Civil Veterinary Dept. Assam report 1927-50 - 1927-1950
Year: 1927
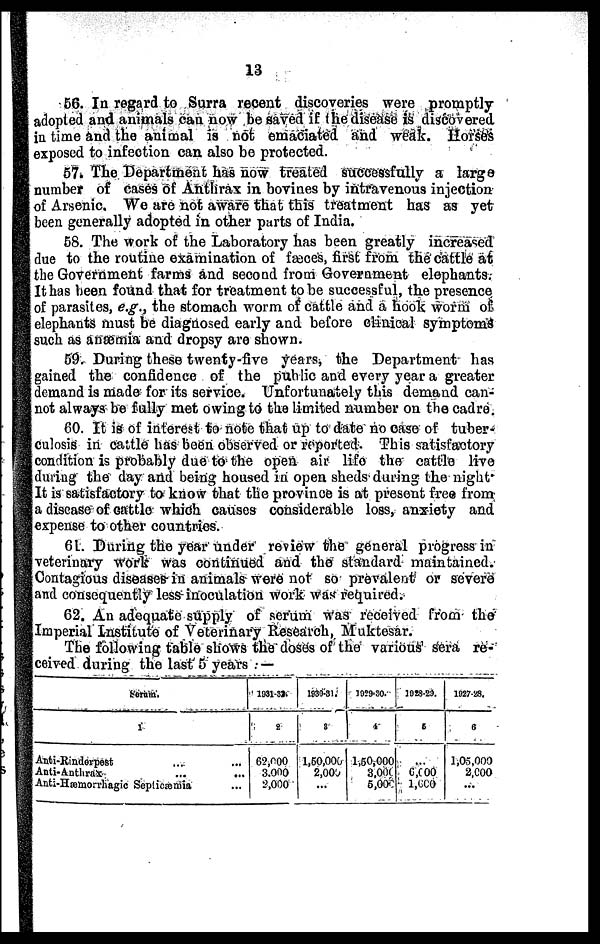
13
56. In regard to Surra recent discoveries were promptly
adopted and animals can now be saved if the disease is discovered
in time and the animal is not emaciated and weak. Horses
exposed to infection can also be protected.
57. The Department has now treated successfully a large
number of cases of Anthrax in bovines by intravenous injection
of Arsenic. We are not aware that this treatment has as yet
been generally adopted in other parts of India.
58. The work of the Laboratory has been greatly increased
due to the routine examination of fæces, first from the cattle at
the Government farms and second from Government elephants.
It has been found that for treatment to be successful, the presence
of parasites, e.g., the stomach worm of cattle and a hook worm of
elephants must be diagnosed early and before clinical symptoms
such as anæmia and dropsy are shown.
59. During these twenty-five years, the Department has
gained the confidence of the public and every year a greater
demand is made for its service. Unfortunately this demand can-
not always be fully met owing to the limited number on the cadre.
60. It is of interest to note that up to date no case of tuber-
culosis in cattle has been observed or reported. This satisfactory
condition is probably due to the open air life the cattle live
during the day and being housed in open sheds during the night
It is satisfactory to know that the province is at present free from
a disease of cattle which causes considerable loss, anxiety and
expense to other countries.
61. During the year under review the general progress in
veterinary work was continued and the standard maintained.
Contagious diseases-in animals were not so prevalent or severe
and consequently less inoculation work was required.
62. An adequate supply of serum was received from the
Imperial Institute of Veterinary Research, Muktesar.
The following table shows the doses of the various Sera re-
ceived during the last 5 years : —
Serum.
1
Anti-Rinderpest ... ...
Anti-Anthrax ... ...
Anti-Hæmorrliagic Septicæmia ...
1931-33.
2
62,000
3,000
2,000
1930-31.
3
1,50,000
2,000
...
1929-30.
4
1,50,000
3000
5,000
1928-29.
5
...
6,000
1,000
1927-28.
6
1,05,000
2,600
...